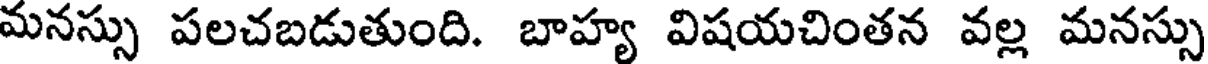
మనస్సు పలచబడుతుంది. బాహ్య విషయచింతన వల్ల మనస్సు